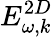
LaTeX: E_{\omega,k}^{2D}